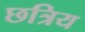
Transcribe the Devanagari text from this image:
छत्रिय